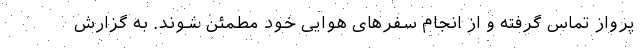
پرواز تماس گرفته و از انجام سفرهای هوایی خود مطمئن شوند. به گزارش